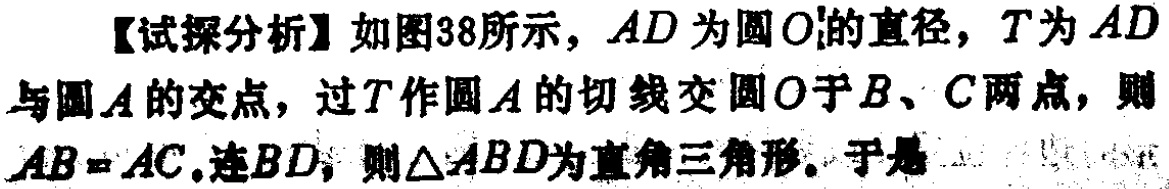
【试探分析】如图38所示，\(AD\)为圆\(O\)的直径，\(T\)为\(AD\)与圆\(A\)的交点，过\(T\)作圆\(A\)的切线交圆\(O\)于\(B、C\)两点，则\(AB = AC\)。连\(BD\)，则\(\triangle ABD\)为直角三角形。于是